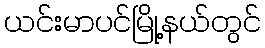
ယင်းမာပင်မြို့နယ်တွင်